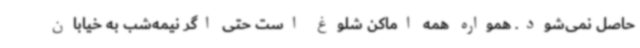
حاصل نمی‌شود. همواره همه اماکن شلوغ است حتی اگر نیمه‌شب به خیابان